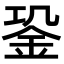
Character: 𨥲